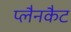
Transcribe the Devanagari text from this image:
प्लैनकैट